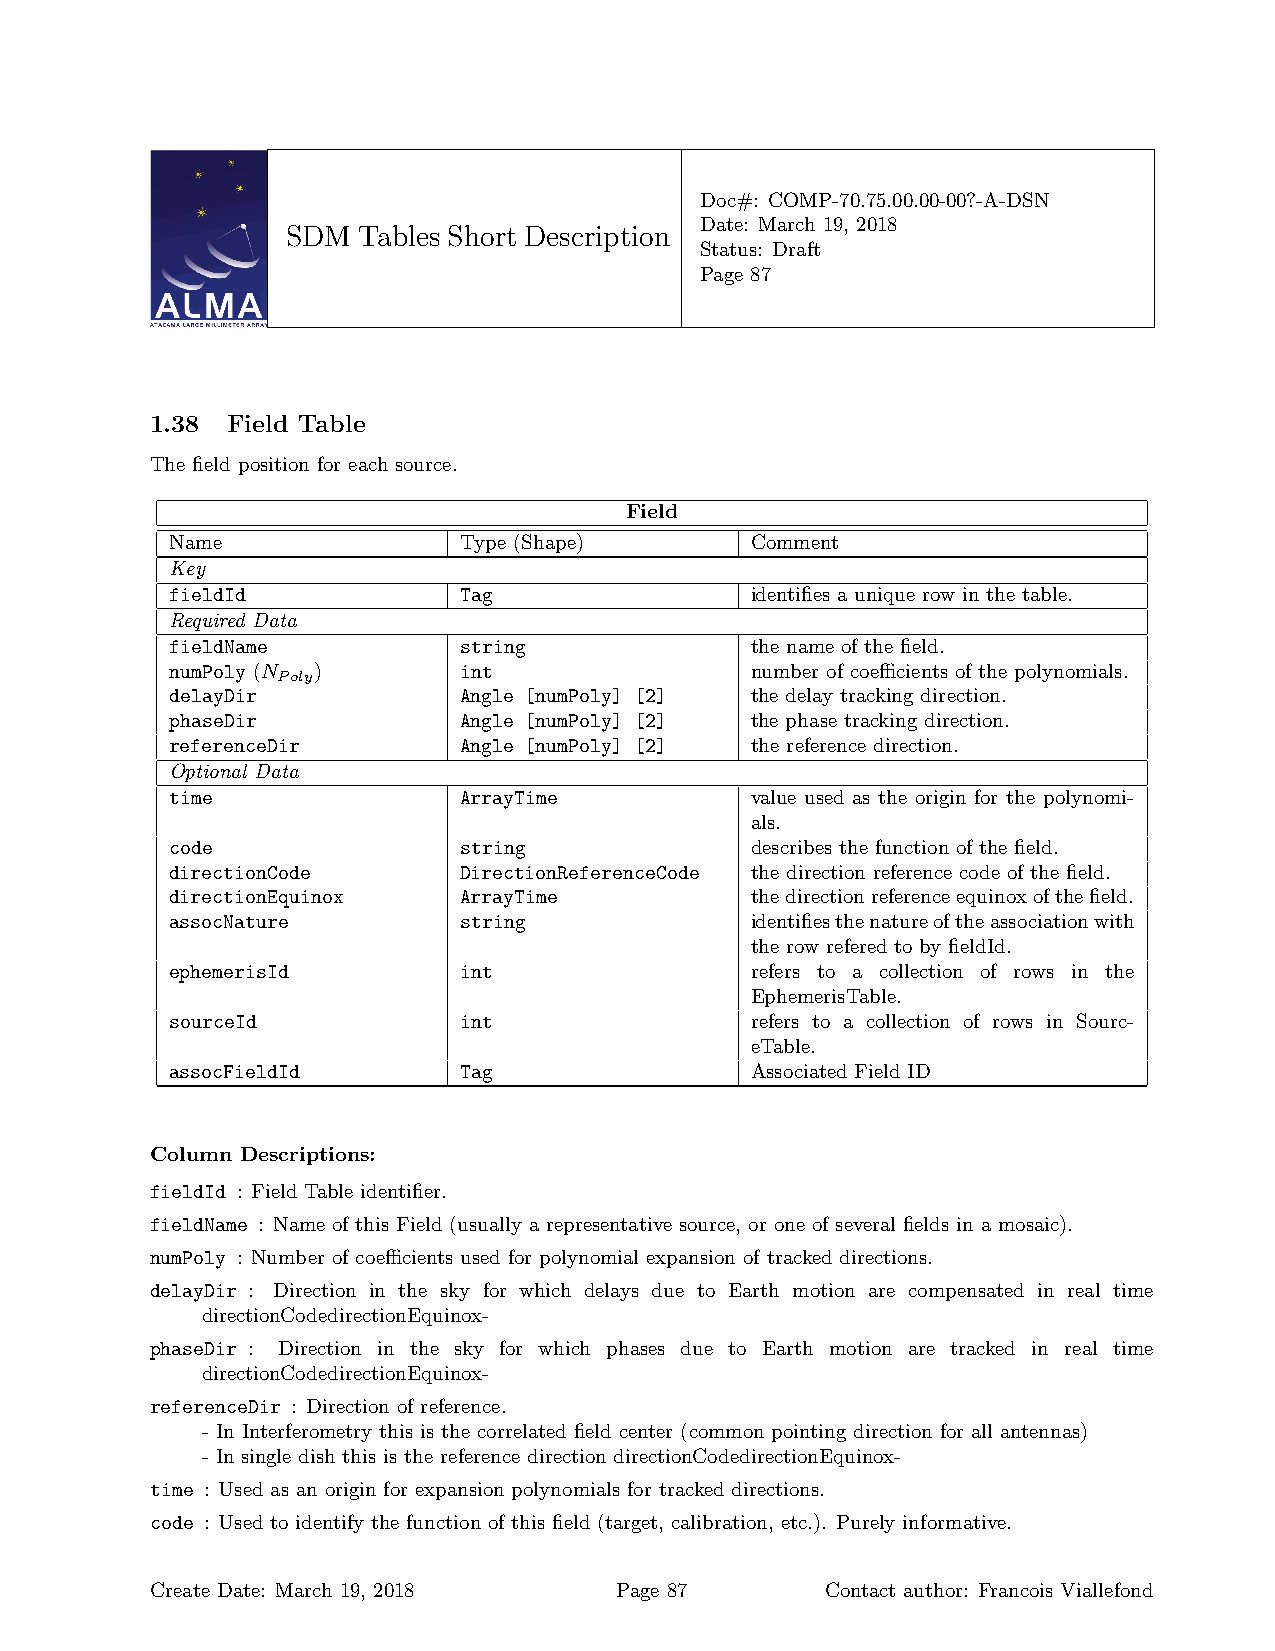
Doc#: COMP-70.75.00.00-00?-A-DSN
 Date: March 19, 2018
 SDM  Tables Short Description
 Status: Draft
 Page 87
 1.38 Field Table
 The field position for each source.
 Field
 Name               Type (Shape)        Comment
 Key
 fieldId            Tag                 identifies a unique row in the table.
 Required Data
 fieldName          string              the name of the field.
 numPoly (N )       int                 number of coefficients of the polynomials.
 Poly
 delayDir           Angle [numPoly] [2] the delay tracking direction.
 phaseDir           Angle [numPoly] [2] the phase tracking direction.
 referenceDir       Angle [numPoly] [2] the reference direction.
 Optional Data
 time               ArrayTime           value used as the origin for the polynomi-
 als.
 code               string              describes the function of the field.
 directionCode      DirectionReferenceCode the direction reference code of the field.
 directionEquinox   ArrayTime           thedirectionreferenceequinoxofthefield.
 assocNature        string              identifiesthenatureoftheassociationwith
 the row refered to by fieldId.
 ephemerisId        int                 refers to a collection of rows in the
 EphemerisTable.
 sourceId           int                 refers to a collection of rows in Sourc-
 eTable.
 assocFieldId       Tag                 Associated Field ID
 Column Descriptions:
 fieldId : Field Table identifier.
 fieldName : Name of this Field (usually a representative source, or one of several fields in a mosaic).
 numPoly : Number of coefficients used for polynomial expansion of tracked directions.
 delayDir : Direction in the sky for which delays due to Earth motion are compensated in real time
 directionCodedirectionEquinox-
 phaseDir : Direction in the sky for which phases due to Earth motion are tracked in real time
 directionCodedirectionEquinox-
 referenceDir : Direction of reference.
 - In Interferometry this is the correlated field center (common pointing direction for all antennas)
 - In single dish this is the reference direction directionCodedirectionEquinox-
 time : Used as an origin for expansion polynomials for tracked directions.
 code : Used to identify the function of this field (target, calibration, etc.). Purely informative.
 Create Date: March 19, 2018    Page 87       Contact author: Francois Viallefond